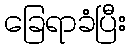
ခြေရာခံပြီး